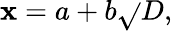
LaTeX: \mathbf{x}=a+b{\sqrt{}{{D}}},